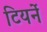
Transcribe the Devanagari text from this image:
टियर्ने